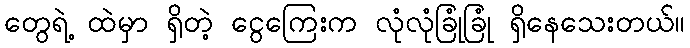
တွေရဲ့ ထဲမှာ ရှိတဲ့ ငွေကြေးက လုံလုံခြုံခြုံ ရှိနေသေးတယ်။